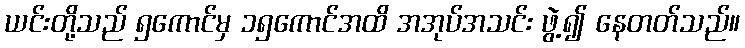
ယင်းတို့သည် ၅ကောင်မှ ၁၅ကောင်အထိ အအုပ်အသင်း ဖွဲ့၍ နေတတ်သည်။